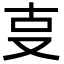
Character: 㕝